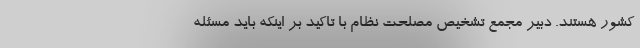
کشور هستند. دبیر مجمع تشخیص مصلحت نظام با تاکید بر اینکه باید مسئله